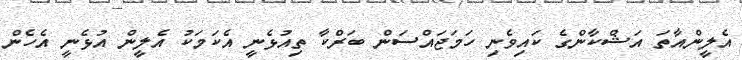
އެލީންއާތަ އަޝްކާންގެ ކައިވެނި ހަމަޖައްސަން ބަރްކާ ތިއުޅެނީ އެކަމަކު އެލީން އުޅެނީ އެހެން